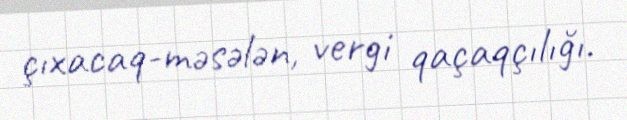
çıxacaq-məsələn, vergi qaçaqçılığı.